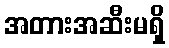
အတားအဆီးမရှိ